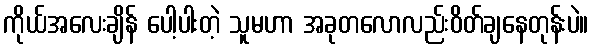
ကိုယ်အလေးချိန် ပေါ့ပါးတဲ့ သူမဟာ အခုတလောလည်းဝိတ်ချနေတုန်းပဲ။